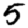
Digit: 5